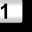
Digit: 1